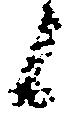
候